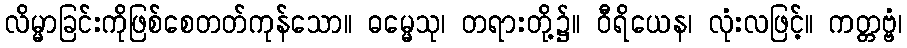
လိမ္မာခြင်းကိုဖြစ်စေတတ်ကုန်သော။ ဓမ္မေသု၊ တရားတို့၌။ ဝီရိယေန၊ လုံးလဖြင့်။ ကတ္တဗ္ဗံ၊